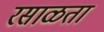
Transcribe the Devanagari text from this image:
रसाळता